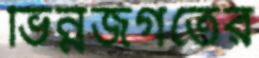
ভিন্নজগতের